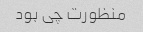
منظورت چی بود